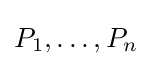
P_{1},\ldots ,P_{n}